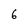
Character: 6